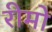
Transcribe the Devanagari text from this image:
रीमो